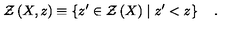
{ \cal Z } \left( X , z \right) \equiv \left\{ z ^ { \prime } \in { \cal Z } \left( X \right) \mid z ^ { \prime } < z \right\} \quad .